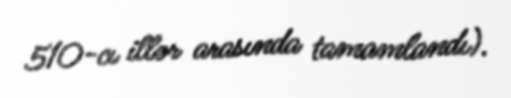
510-cı illər arasında tamamlandı).